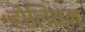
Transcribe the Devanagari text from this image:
होलियम